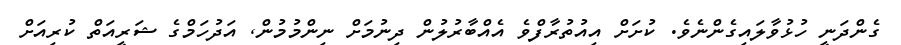
ގެންދަނީ ހުޅުވާލައިގެންނެވެ. ކުށަށް އިއުތުރާފްވެ އެއްބާރުލުން ދިނުމަށް ނިންމުމުން